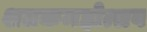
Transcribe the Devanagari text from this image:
शतकमहोत्सव